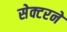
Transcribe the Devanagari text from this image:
सेक्टरने